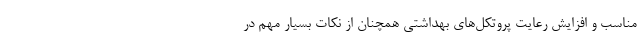
مناسب و افزایش رعایت پروتکل‌های بهداشتی همچنان از نکات بسیار مهم در